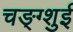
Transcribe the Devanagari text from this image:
चङ्ग्शुई